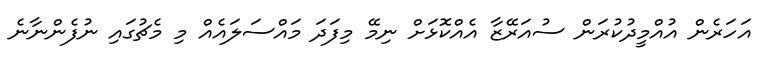
އަހަރެން އުއްމީދުކުރަން ސުއަރޭޒާ އެއްކޮޅަށް ނިމޭ މިފަދަ މައްސަލައެއް މި މެޗުގައި ނުފެންނާނެ